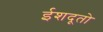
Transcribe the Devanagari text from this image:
ईशदूतो